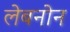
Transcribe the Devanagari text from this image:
लेबनोन